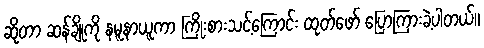
ဆိုတာ ဆန်ချိုကို နမူနာယူကာ ကြိုးစားသင့်ကြောင်း ထုတ်ဖော် ပြောကြားခဲ့ပါတယ်။